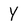
Character: Y